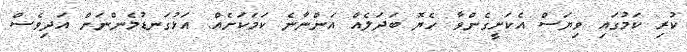
ކުރި ކަމުގައި ވިޔަސް އެކަށީގެންވާ ހެޔޮ ބަދަލެއް އަންނާނެ ކަަމަކަށެއް. އަޅުގަނޑުމެންނަށް އަދިވެސް